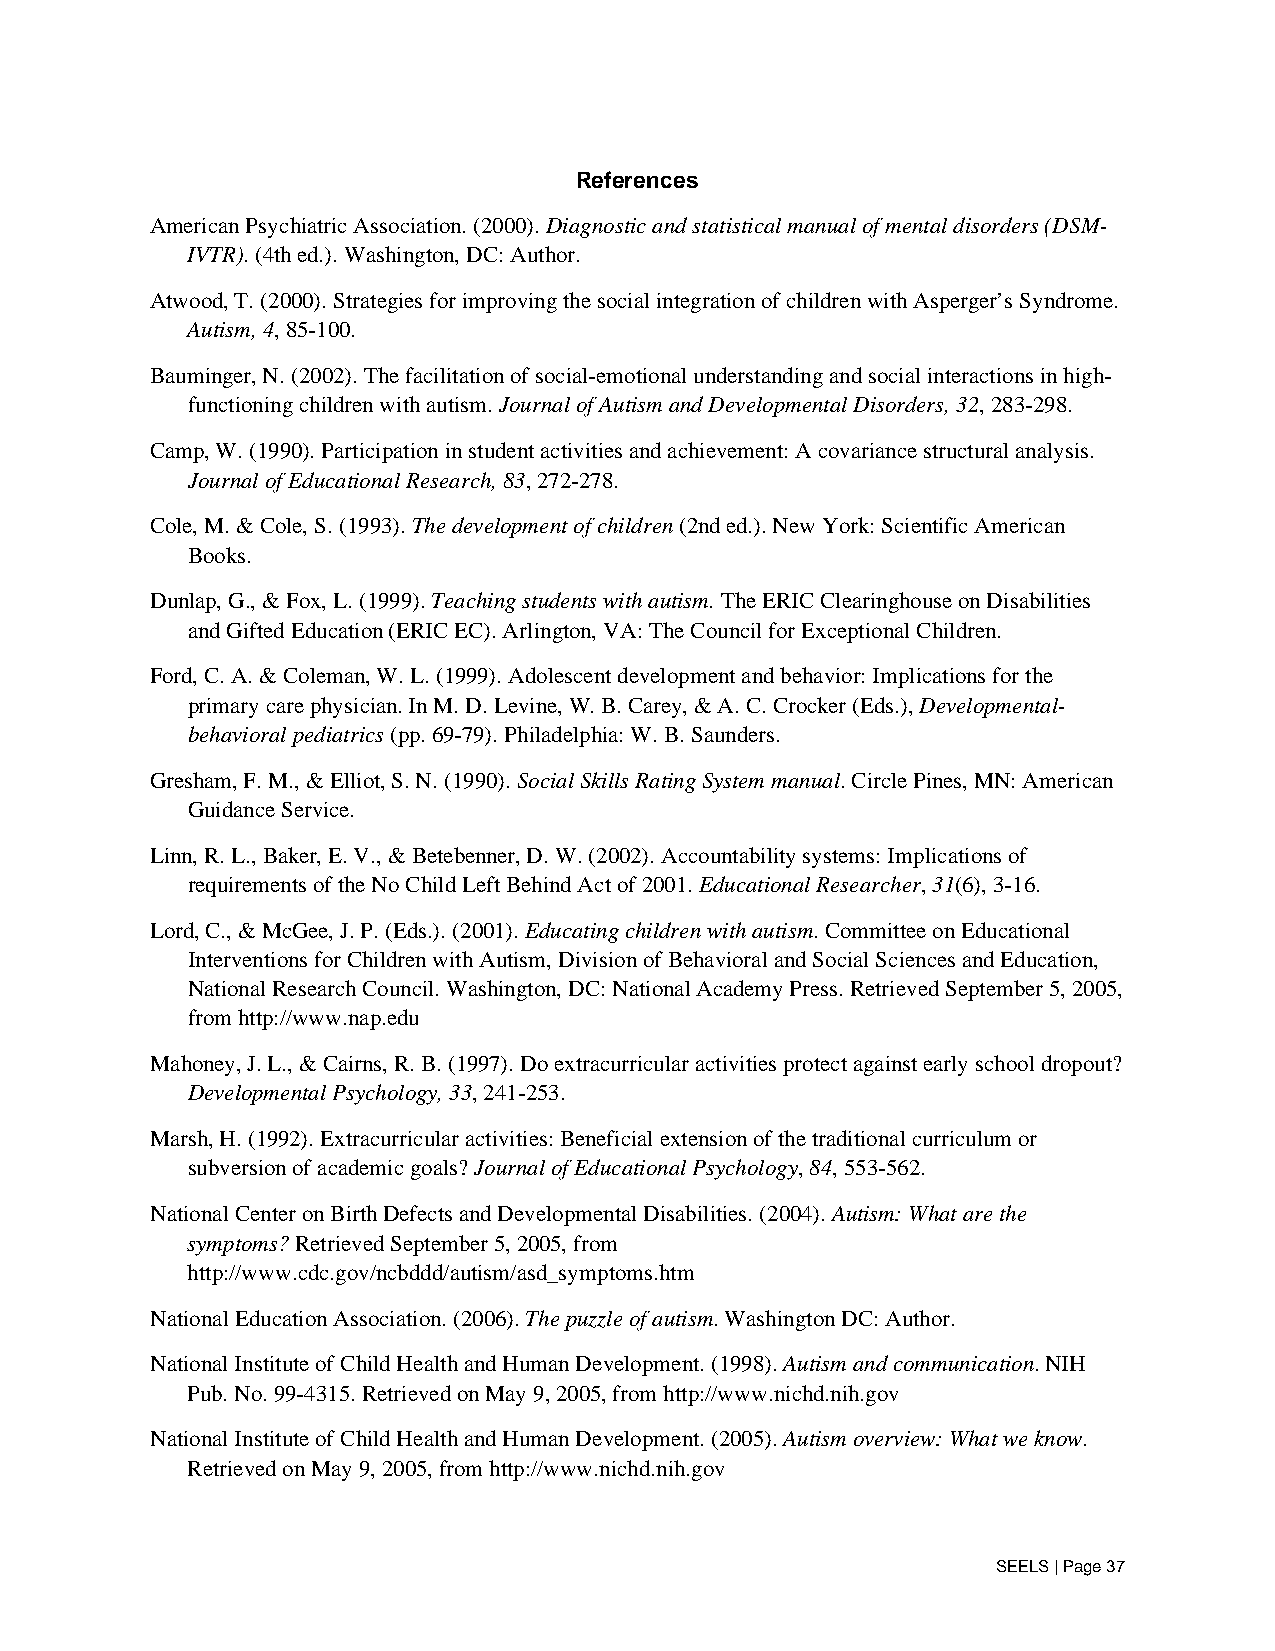
References
 American Psychiatric Association. (2000). Diagnostic and statistical manual of mental disorders (DSM-
 IVTR). (4th ed.). Washington, DC: Author.
 Atwood, T. (2000). Strategies for improving the social integration of children with Asperger’s Syndrome.
 Autism, 4, 85-100.
 Bauminger, N. (2002). The facilitation of social-emotional understanding and social interactions in high-
 functioning children with autism. Journal of Autism and Developmental Disorders, 32, 283-298.
 Camp, W. (1990). Participation in student activities and achievement: A covariance structural analysis.
 Journal of Educational Research, 83, 272-278.
 Cole, M. & Cole, S. (1993). The development of children (2nd ed.). New York: Scientific American
 Books.
 Dunlap, G., & Fox, L. (1999). Teaching students with autism. The ERIC Clearinghouse on Disabilities
 and Gifted Education (ERIC EC). Arlington, VA: The Council for Exceptional Children.
 Ford, C. A. & Coleman, W. L. (1999). Adolescent development and behavior: Implications for the
 primary care physician. In M. D. Levine, W. B. Carey, & A. C. Crocker (Eds.), Developmental-
 behavioral pediatrics (pp. 69-79). Philadelphia: W. B. Saunders.
 Gresham, F. M., & Elliot, S. N. (1990). Social Skills Rating System manual. Circle Pines, MN: American
 Guidance Service.
 Linn, R. L., Baker, E. V., & Betebenner, D. W. (2002). Accountability systems: Implications of
 requirements of the No Child Left Behind Act of 2001. Educational Researcher, 31(6), 3-16.
 Lord, C., & McGee, J. P. (Eds.). (2001). Educating children with autism. Committee on Educational
 Interventions for Children with Autism, Division of Behavioral and Social Sciences and Education,
 National Research Council. Washington, DC: National Academy Press. Retrieved September 5, 2005,
 from http://www.nap.edu
 Mahoney, J. L., & Cairns, R. B. (1997). Do extracurricular activities protect against early school dropout?
 Developmental Psychology, 33, 241-253.
 Marsh, H. (1992). Extracurricular activities: Beneficial extension of the traditional curriculum or
 subversion of academic goals? Journal of Educational Psychology, 84, 553-562.
 National Center on Birth Defects and Developmental Disabilities. (2004). Autism: What are the
 symptoms? Retrieved September 5, 2005, from
 http://www.cdc.gov/ncbddd/autism/asd_symptoms.htm
 National Education Association. (2006). The puzzle of autism. Washington DC: Author.
 National Institute of Child Health and Human Development. (1998). Autism and communication. NIH
 Pub. No. 99-4315. Retrieved on May 9, 2005, from http://www.nichd.nih.gov
 National Institute of Child Health and Human Development. (2005). Autism overview: What we know.
 Retrieved on May 9, 2005, from http://www.nichd.nih.gov
 SEELS | Page 37